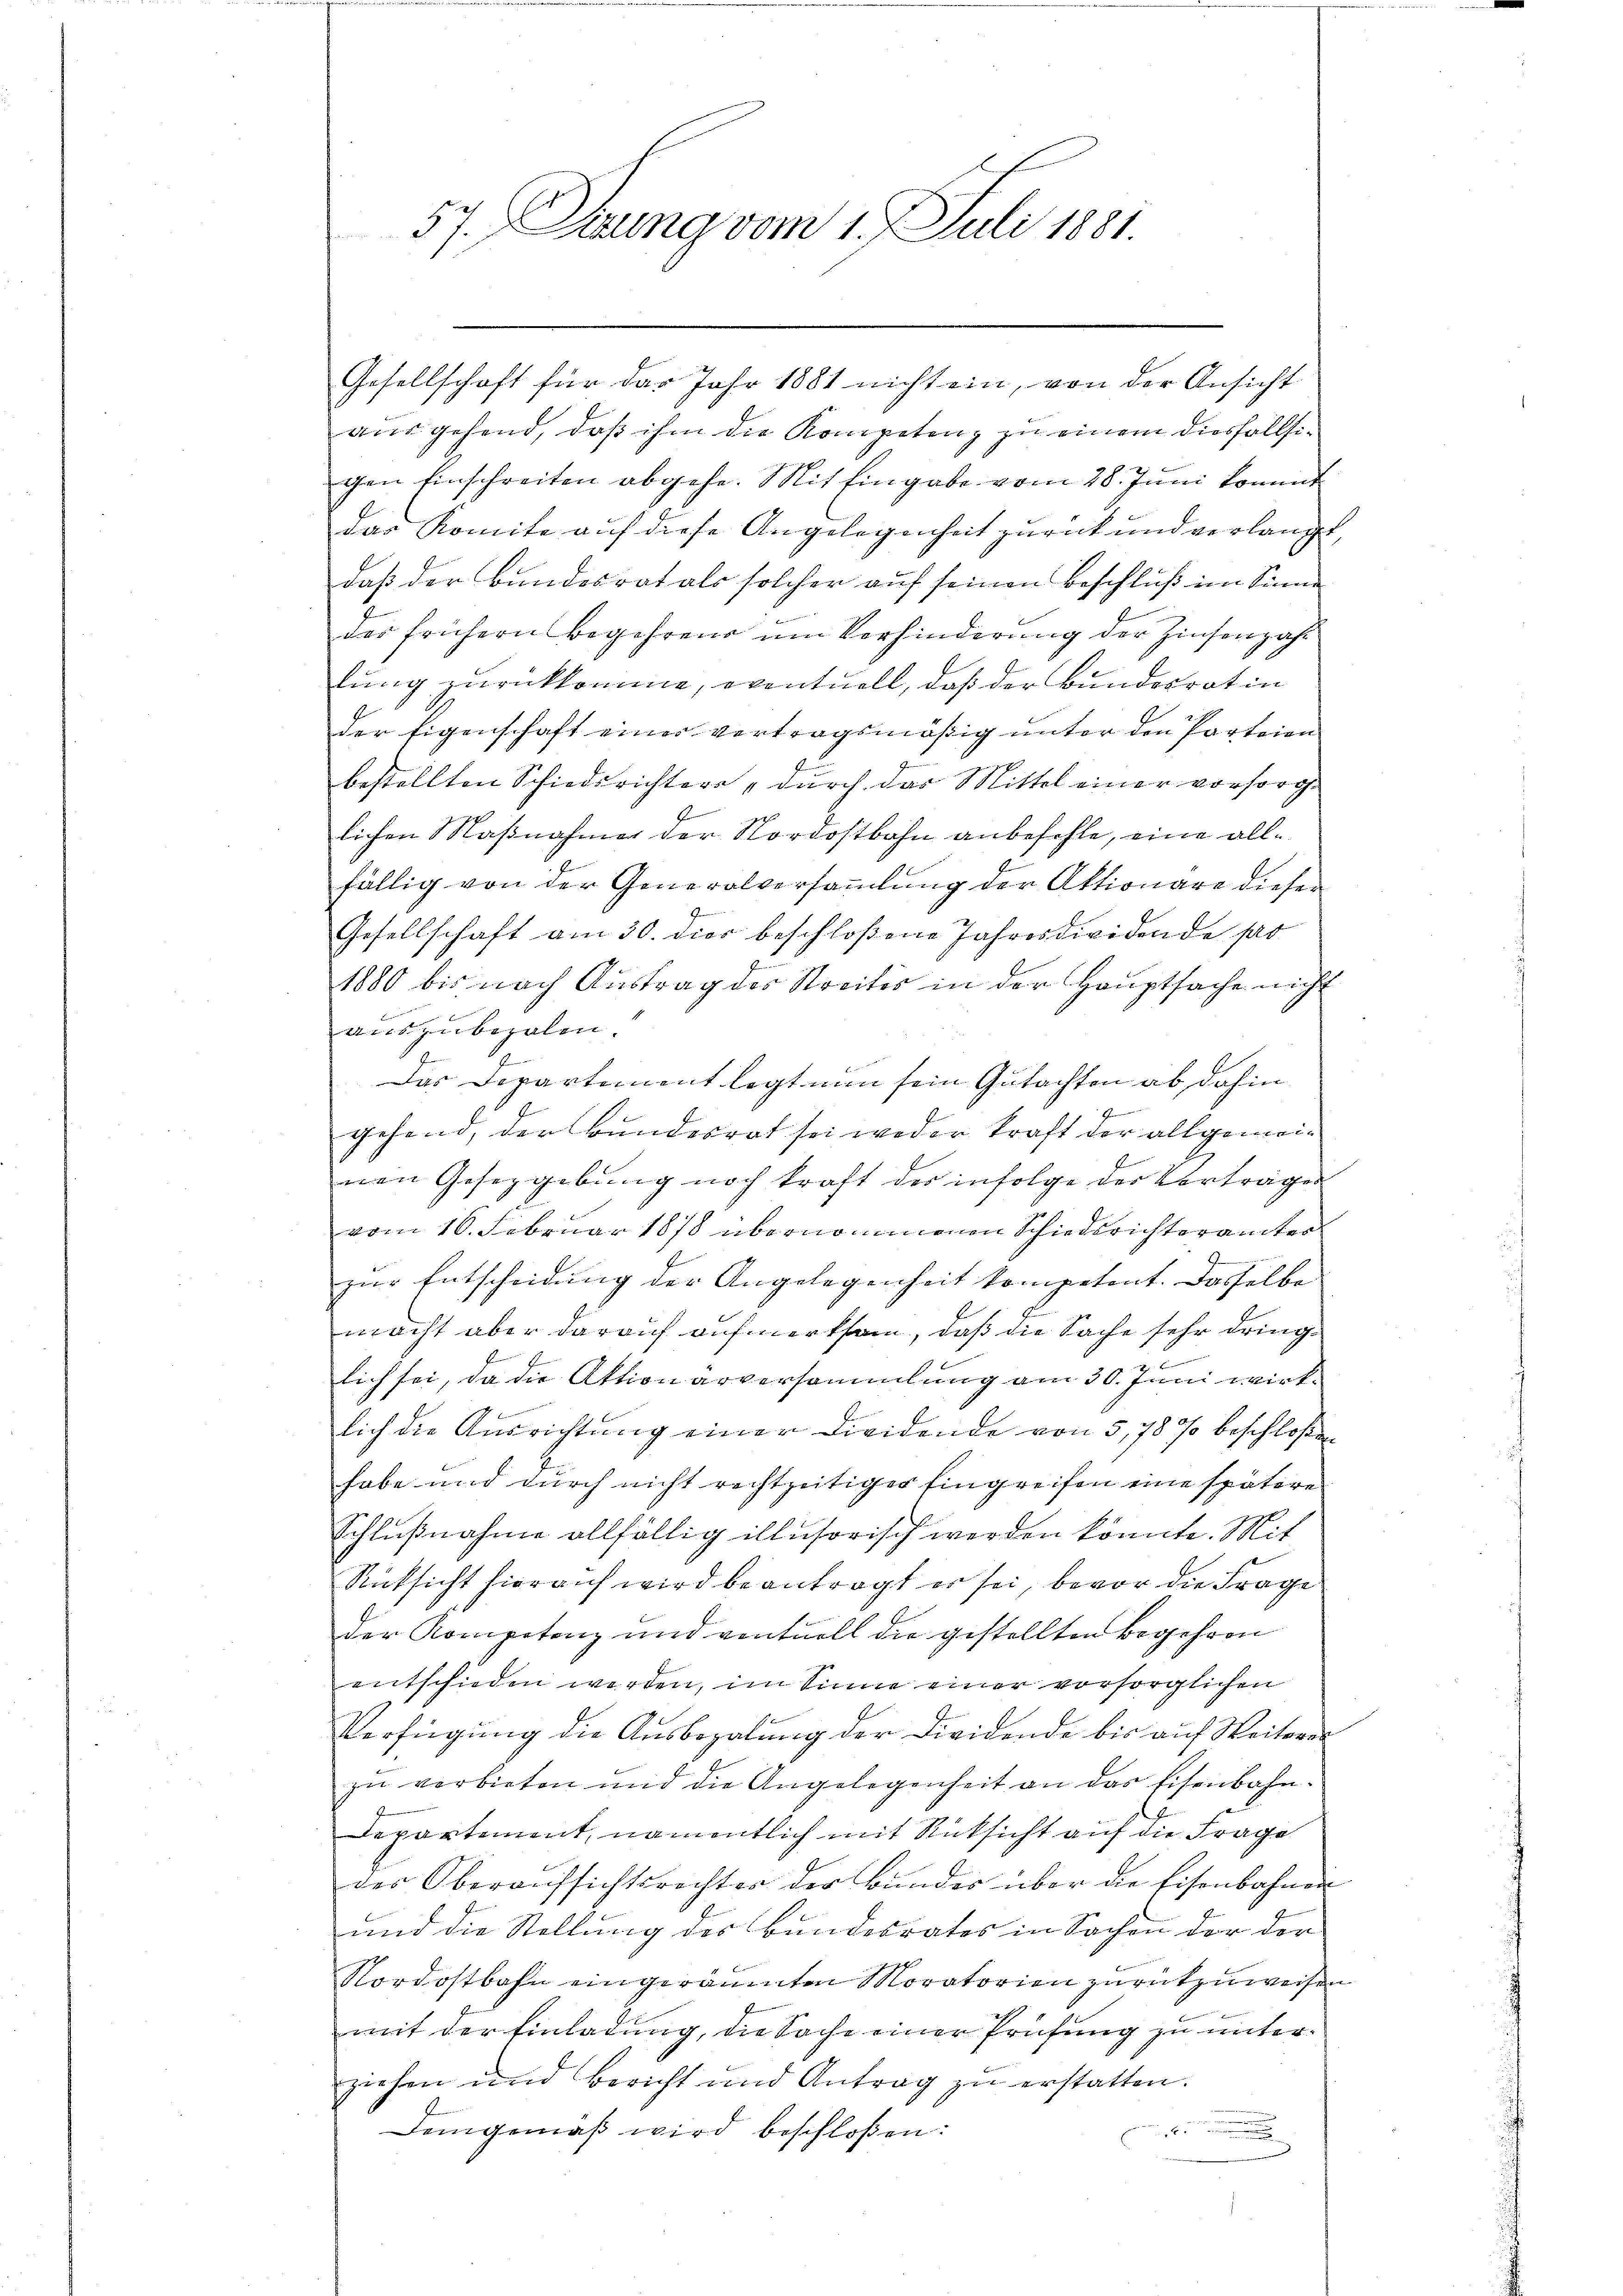
57. Denung vom 1. Juli 1881

Gesellschaft für das Jahr 1881 nicht ein, von der Ansicht
aus gehend, daß ihm die Kompetenz zu einem diesfallsigen Einschreiten abgehe. Mit Eingabe vom 28. Juni kommt
das Komite auf diese Angelegenheit zurück und verlangt,
daß der Bundesrat als solcher auf seinen Beschluß im Sinne
der frühern Begehren um Verhinderung der Zinsenjahr
lung zurückkomme, eventuell, daß der Bundesrat in
der Eigenschaft einer vertragsmäßig unter den Parteien
bestellten Schiedsrichter „durch das Mittel einer vorsorg-
lichen Maßnahmer der Nordostbahn anbefehle, eine allfällig von der Generalversammlung der Aktionare dieser
Gesellschaft am 30. dies beschloßene Jahresdividende par
1880 bis nach Austrag des Streitis in der Hauptsache nicht
auszubezalen.
Das Departement legt nun sein Gutachten ab, dahin
9
gehend, der Bundesrat sei weder kraft der allgemeinen Gesetzgebung noch kraft der infolge der Vorträgen
vom 16. Februar 1878 übernommenen Schiedsrichterämter
zur Entscheidung der Angelegenheit kompetent. Dasselbe
macht aber darauf aufmerksam, daß die Sache sehr dringlich sei, da die Aktionärversammlung am 30. Juni wirklich die Ausrichtung einer Dividende von 5,78 % beschloßen
habe und durch nicht rechtzeitiger Eingreifen eine spätere
Schlußnahme allfällig illusorisch werden könnte. Mit
Rücksicht hierauf wird beantragt er sei, bevor die Frage
der Kompetenz und ventuell die gestellten Begehren
entschieden werden, im Sinne einer vorsorglichen
Verfügung die Ausbezalung der Dividende bis auf Weiteres
zu verbieten und die Angelegenheit an das Eisenbahn¬
Departement, namentlich mit Rücksicht auf die Frage
der Oberaufsichtsrechter der Bundes über die Eisenbahnen
und die Stellung des Bundesrates in Sachen der der
Nordostbahn eingeräumten Moratorien zurückzuweisen
mit der Einladung, die Sache einer Prüfung zu unterziehen und Bericht und Antrag zŭ erstatten.

Demgemäß wird beschloßen:
.